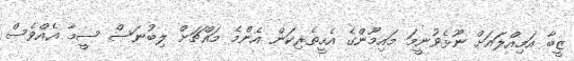
ޒީބާ އަމިއްލައަށް ނޫޅެވުނީމަ މައިމޫންގެ އެހީތެރިކަން އެންމެ މައްޗަށް ލިބުނަސް ސީމާ އެއްވެސް